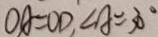
O A = O D , \angle A = 3 0 ^ { \circ }